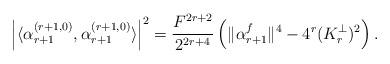
LaTeX: \begin{align*}\left\vert \langle \alpha_{r+1}^{(r+1,0)},\alpha_{r+1}^{(r+1,0)}\rangle \right\vert^2=\frac{F^{2r+2}}{2^{2r+4}}\left(\Vert \alpha^f_{r+1}\Vert^4-4^r(K_r^{\perp})^2\right).\end{align*}